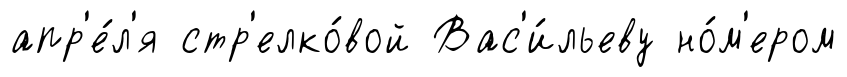
апр'е́л'я стр'елко́вой Вас'и́льеву но́м'ером